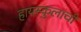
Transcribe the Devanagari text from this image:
हायस्कुलाची